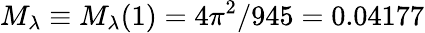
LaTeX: M_{\lambda}\equiv M_{\lambda}(1)=4\pi^{2}/945=0.04177